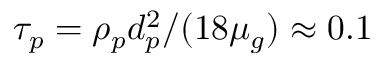
\tau _ { p } = \rho _ { p } d _ { p } ^ { 2 } / ( 1 8 \mu _ { g } ) \approx 0 . 1